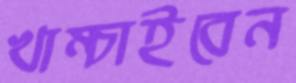
খাম্‌চাইবেন